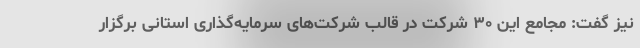
نیز گفت: مجامع این ۳۰ شرکت در قالب شرکت‌های سرمایه‌گذاری استانی برگزار